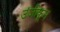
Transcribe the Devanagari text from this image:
उंजीकून